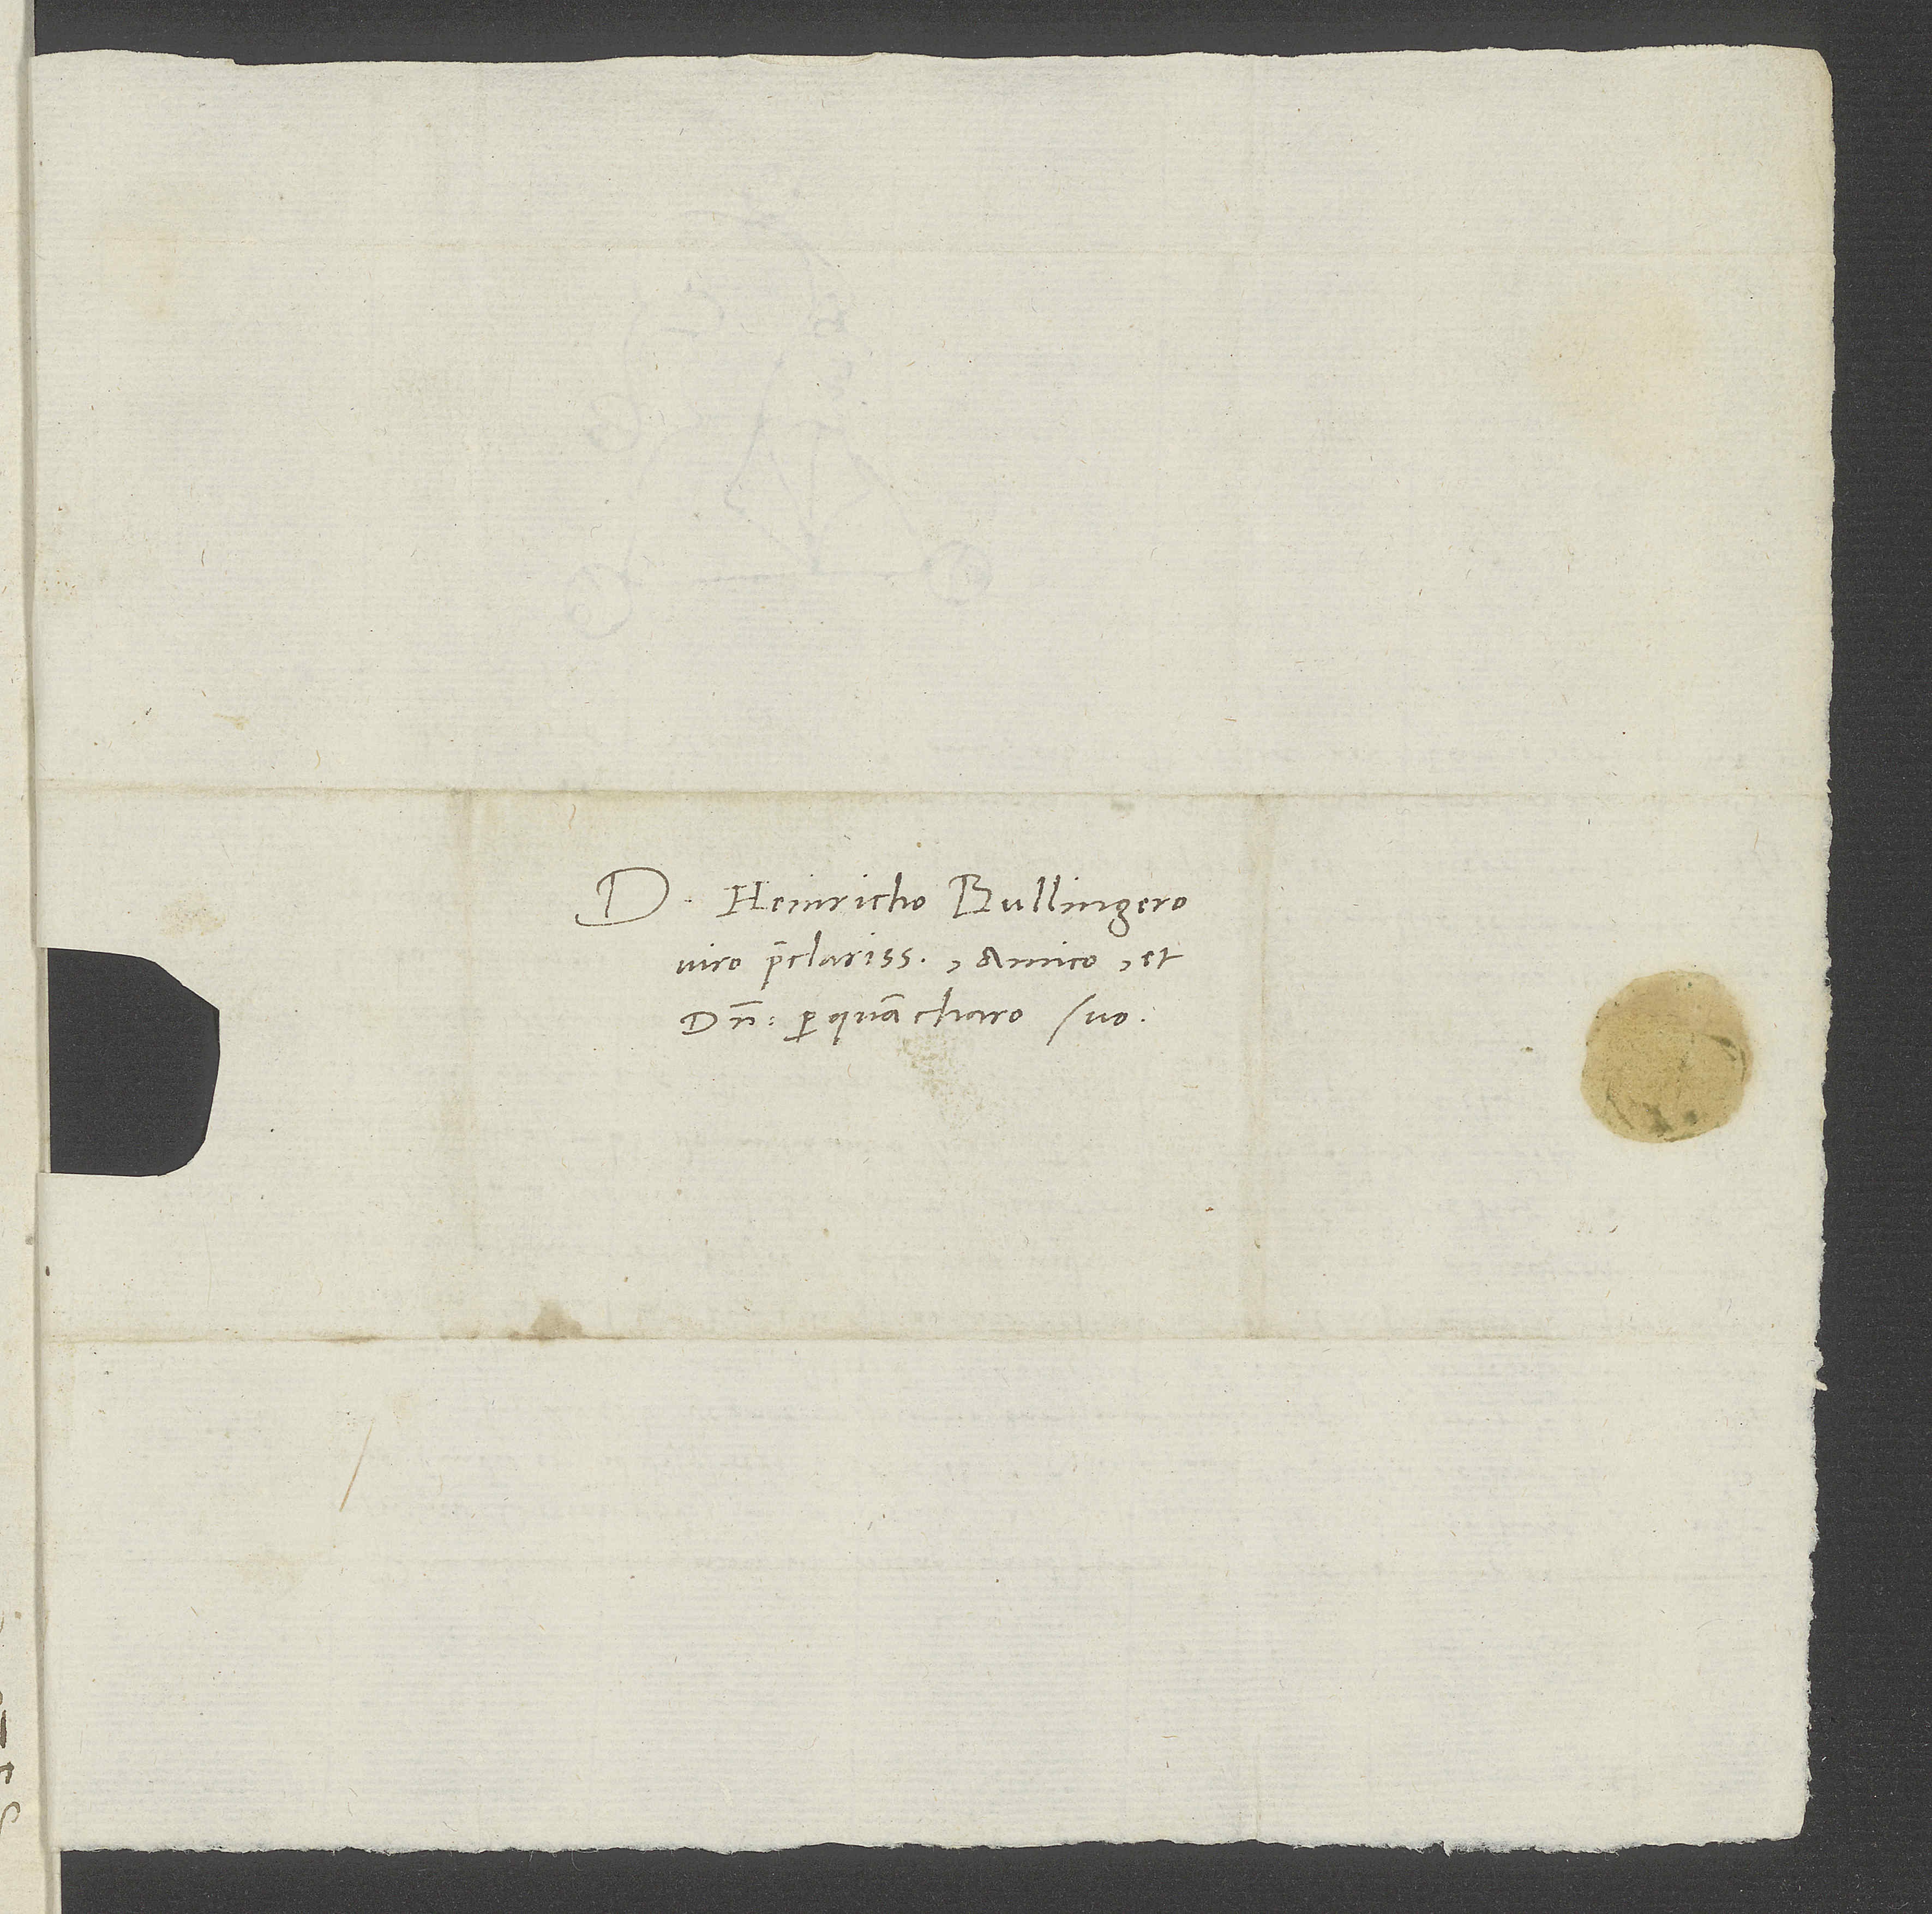
Domino Heinricho Bullingero,
viro praeclarissimo, amico et
domino perquam charo suo.